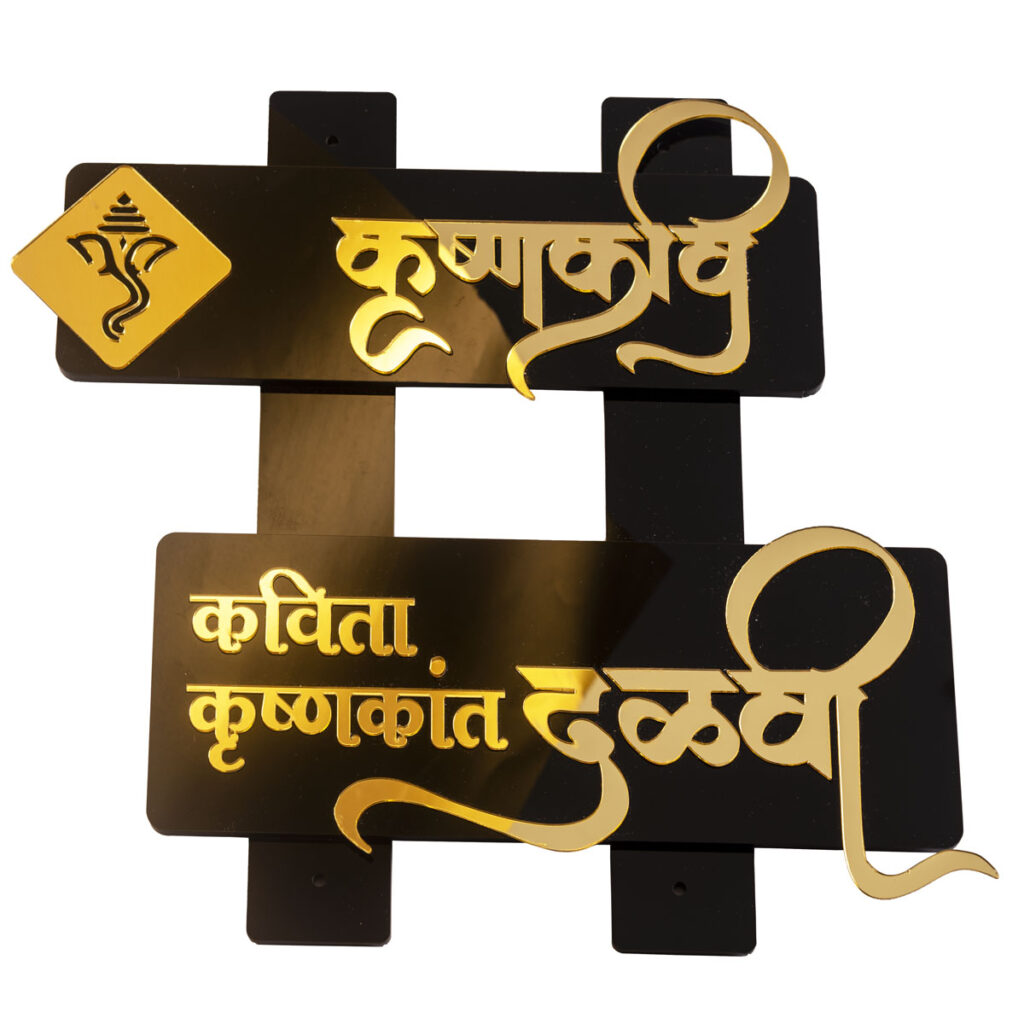
Language: marathi
Transcription: कविता कृष्णकांत दळवी कृष्णकवि